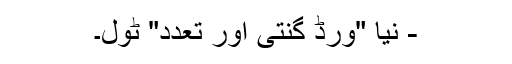
- نیا "ورڈ گنتی اور تعدد" ٹول۔